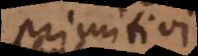
primitivi